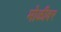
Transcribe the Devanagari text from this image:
मोळीवर